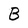
Character: B